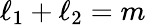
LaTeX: \ell_{1}+\ell_{2}=m